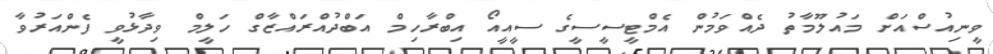
ވީނިއުސްއަށް މައުލޫމާތު ދެއްވަމުން އެމްޓީސީސީގެ ސީއީއޯ އިބްރާހިމް އަބްދުއްރައްޒާގް ހަލީމް ވިދާޅުވީ ފެންއަރުވާ